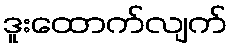
ဒူးထောက်လျက်